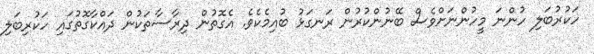
ހަކުރުބަލި ހުންނަ މީހުންނަށްވެސް ބޭނުންކުރުން ރަނގަޅު ބުއިމެކެވެ. އެގޮތުން ދިރާސާތަކުން ދައްކާގޮތުގައި ހަކުރިބަލި